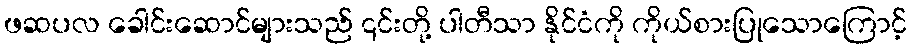
ဖဆပလ ခေါင်းဆောင်များသည် ၎င်းတို့ ပါတီသာ နိုင်ငံကို ကိုယ်စားပြုသောကြောင့်